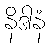
နိဒါနံ